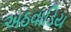
અઠવાડિય